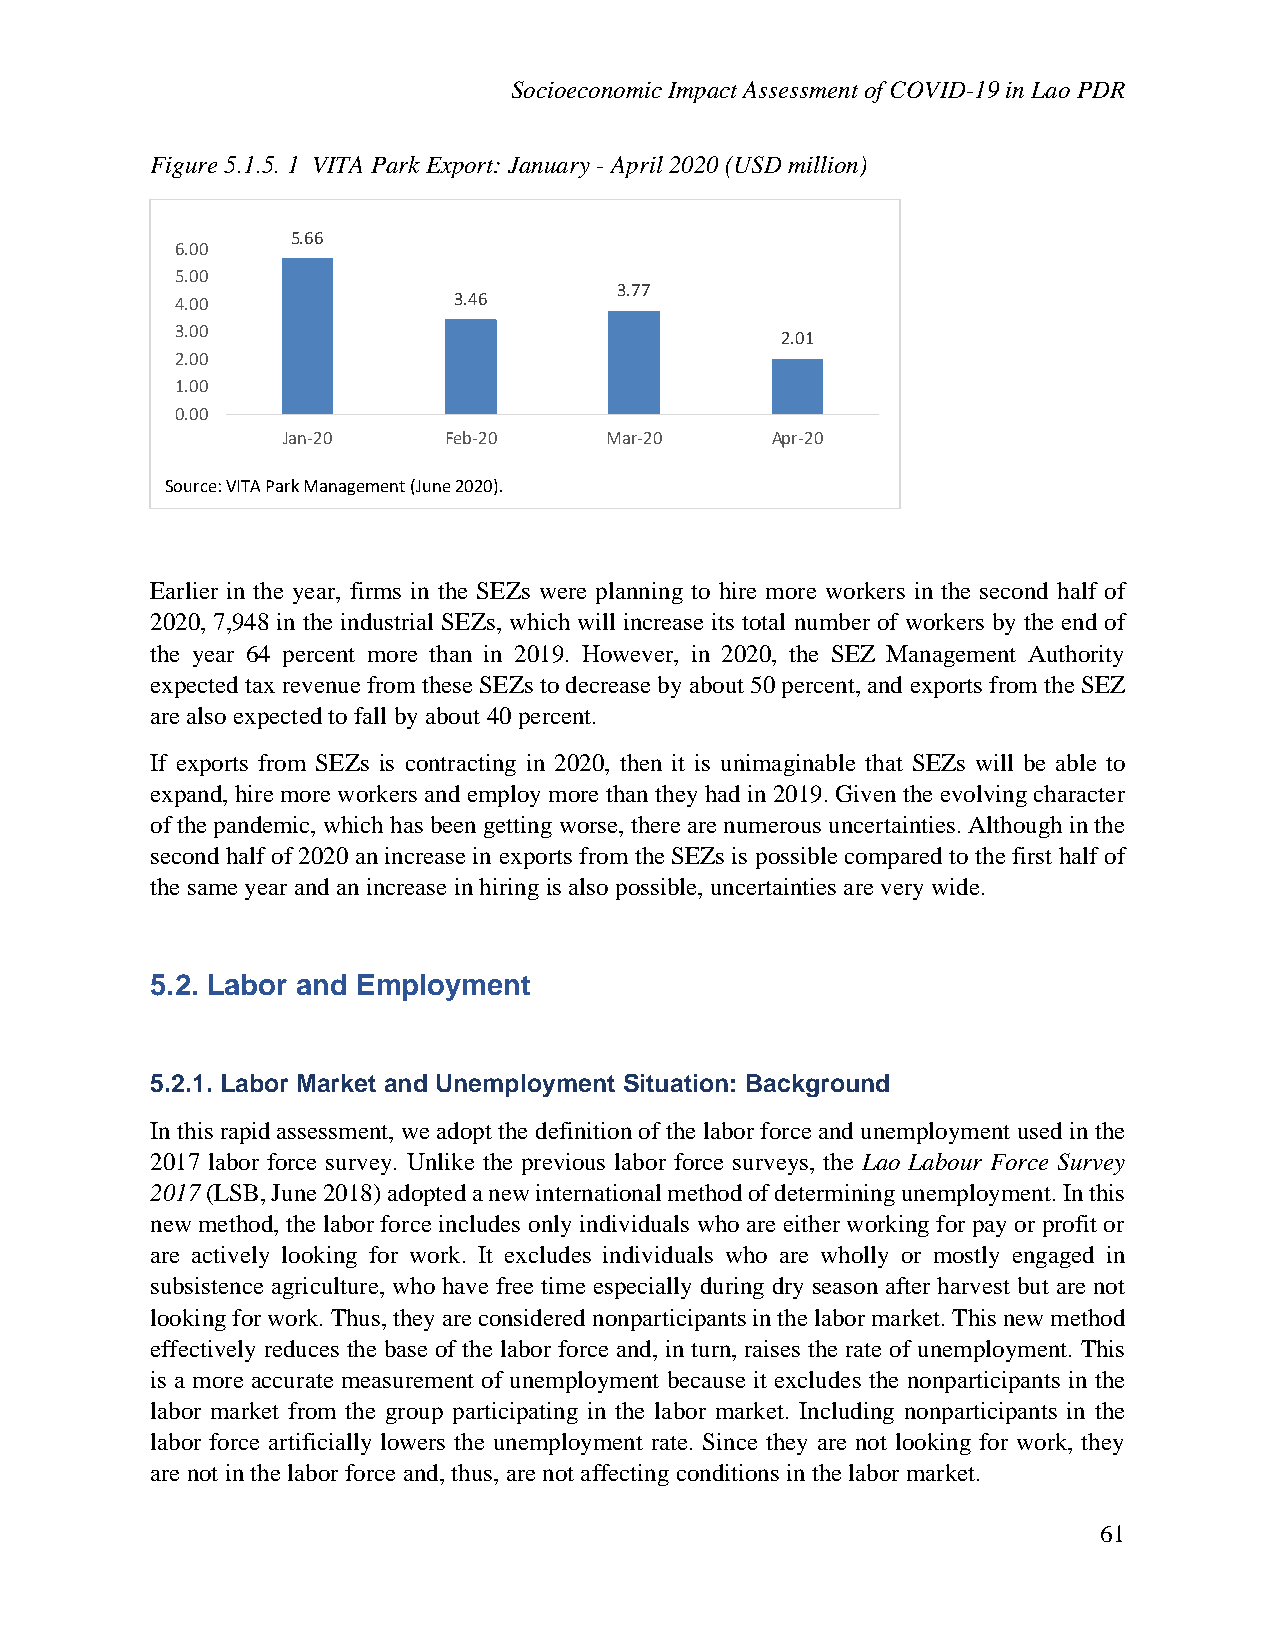
Socioeconomic Impact Assessment of COVID-19 in Lao PDR
 Figure 5.1.5. 1 VITA Park Export: January - April 2020 (USD million)
 5.66
 6.00
 5.00
 3.77
 4.00              3.46
 3.00
 2.01
 2.00
 1.00
 0.00
 Jan-20    Feb-20     Mar-20     Apr-20
 Source: VITA Park Management (June 2020).
 Earlier in the year, firms in the SEZs were planning to hire more workers in the second half of
 2020, 7,948 in the industrial SEZs, which will increase its total number of workers by the end of
 the year 64 percent more than in 2019. However, in 2020, the SEZ Management Authority
 expected tax revenue from these SEZs to decrease by about 50 percent, and exports from the SEZ
 are also expected to fall by about 40 percent.
 If exports from SEZs is contracting in 2020, then it is unimaginable that SEZs will be able to
 expand, hire more workers and employ more than they had in 2019. Given the evolving character
 of the pandemic, which has been getting worse, there are numerous uncertainties. Although in the
 second half of 2020 an increase in exports from the SEZs is possible compared to the first half of
 the same year and an increase in hiring is also possible, uncertainties are very wide.
 5.2. Labor and Employment
 5.2.1. Labor Market and Unemployment Situation: Background
 In this rapid assessment, we adopt the definition of the labor force and unemployment used in the
 2017 labor force survey. Unlike the previous labor force surveys, the Lao Labour Force Survey
 2017 (LSB, June 2018) adopted a new international method of determining unemployment. In this
 new method, the labor force includes only individuals who are either working for pay or profit or
 are actively looking for work. It excludes individuals who are wholly or mostly engaged in
 subsistence agriculture, who have free time especially during dry season after harvest but are not
 looking for work. Thus, they are considered nonparticipants in the labor market. This new method
 effectively reduces the base of the labor force and, in turn, raises the rate of unemployment. This
 is a more accurate measurement of unemployment because it excludes the nonparticipants in the
 labor market from the group participating in the labor market. Including nonparticipants in the
 labor force artificially lowers the unemployment rate. Since they are not looking for work, they
 are not in the labor force and, thus, are not affecting conditions in the labor market.
 61